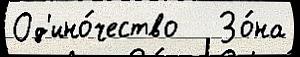
Од'ино́чество   Зо́на